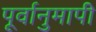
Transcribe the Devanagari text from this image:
पूर्वानुमापी